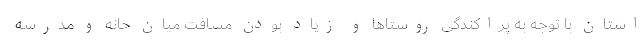
استان با توجه به پراکندگی روستاها و زیاد بودن مسافت میان خانه و مدرسه‌